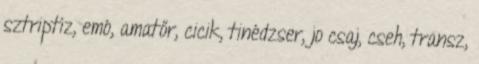
sztriptíz, emó, amatőr, cicik, tinédzser, jo csaj, cseh, transz,